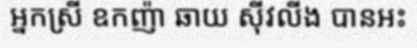
អ្នកស្រី ឧកញ៉ា ឆាយ ស៊ីវលីង បានអះ